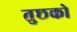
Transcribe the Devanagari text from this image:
तुछको